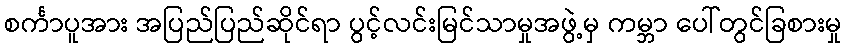
စင်္ကာပူအား အပြည်ပြည်ဆိုင်ရာ ပွင့်လင်းမြင်သာမှုအဖွဲ့မှ ကမ္ဘာ ပေါ်တွင်ခြစားမှု